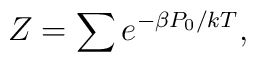
Z = \sum e^{- \beta P_0/kT},